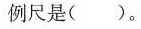
例尺是（）。